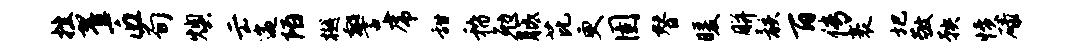
挫翟匠荀燠云遄陌樾警虎甜稽勉胝芘更圉替暖胼骸百传袤圯敬鞅愤碌